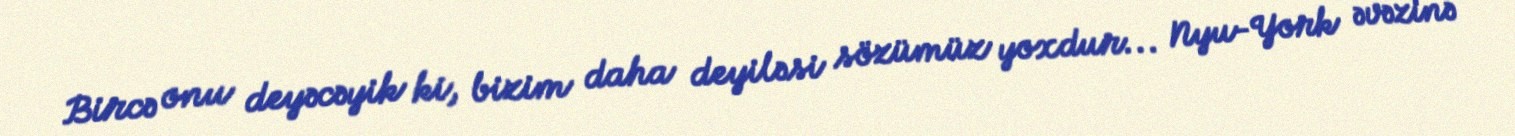
Bircə onu deyəcəyik ki, bizim daha deyiləsi sözümüz yoxdur... Nyu-York əvəzinə